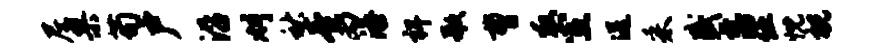
尼果苟户沿刈秋卷丙添裨歌曹救室送采盛藩伍忱祝